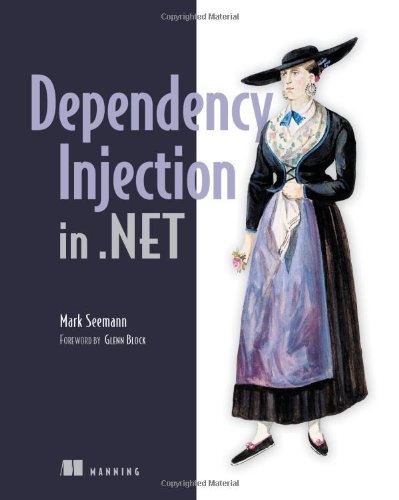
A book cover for Dependency Injection in .NET; Mark Seemann; Computers & Technology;